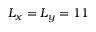
L _ { x } = L _ { y } = 1 1